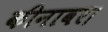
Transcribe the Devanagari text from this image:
कीनावर।